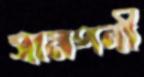
সামপনী